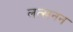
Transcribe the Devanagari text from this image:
लत्खनन